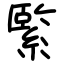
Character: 𦃂